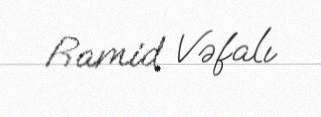
Ramid Vəfalı